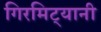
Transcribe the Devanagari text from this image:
गिरमिट्यानी